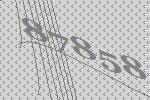
87858